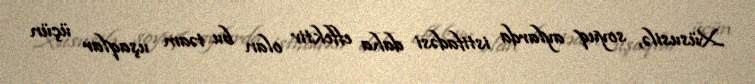
Xüsusilə, soyuq aylarda istifadəsi daha effektiv olan bu təam uşaqlar üçün